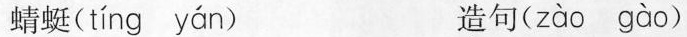
蜻蜓( tíng yán ) 造句( zào gào )